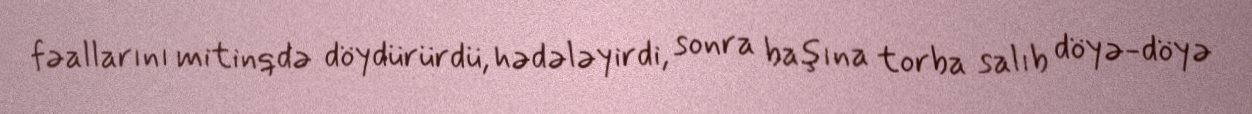
fəallarını mitinqdə döydürürdü, hədələyirdi, sonra başına torba salıb döyə-döyə